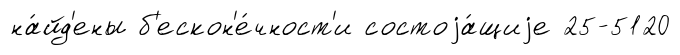
на́йд'ены б'ескон'е́чност'и состоjа́щиjе 25-5120